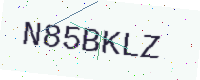
Text: N85BKLZ